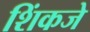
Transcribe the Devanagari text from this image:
शिंकजे